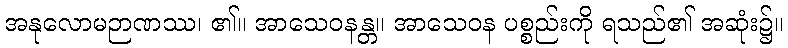
အနုလောမဉာဏဿ၊ ၏။ အာသေဝနန္တ။ အာသေဝန ပစ္စည်းကို ရသည်၏ အဆုံး၌။